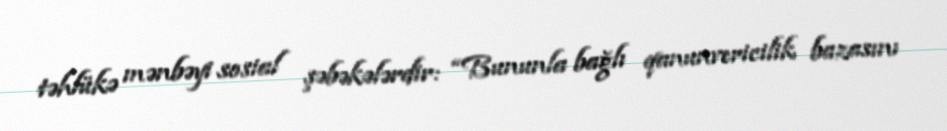
təhlükə mənbəyi sosial şəbəkələrdir: “Bununla bağlı qanunvericilik bazasını